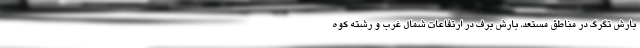
بارش تگرگ در مناطق مستعد، بارش برف در ارتفاعات شمال غرب و رشته‌ کوه